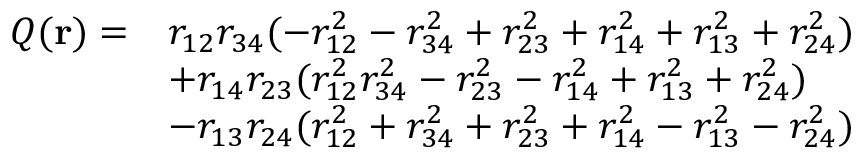
\begin{array} { r l } { Q ( \mathbf { r } ) = } & { r _ { 1 2 } r _ { 3 4 } ( - r _ { 1 2 } ^ { 2 } - r _ { 3 4 } ^ { 2 } + r _ { 2 3 } ^ { 2 } + r _ { 1 4 } ^ { 2 } + r _ { 1 3 } ^ { 2 } + r _ { 2 4 } ^ { 2 } ) } \\ & { + r _ { 1 4 } r _ { 2 3 } ( r _ { 1 2 } ^ { 2 } r _ { 3 4 } ^ { 2 } - r _ { 2 3 } ^ { 2 } - r _ { 1 4 } ^ { 2 } + r _ { 1 3 } ^ { 2 } + r _ { 2 4 } ^ { 2 } ) } \\ & { - r _ { 1 3 } r _ { 2 4 } ( r _ { 1 2 } ^ { 2 } + r _ { 3 4 } ^ { 2 } + r _ { 2 3 } ^ { 2 } + r _ { 1 4 } ^ { 2 } - r _ { 1 3 } ^ { 2 } - r _ { 2 4 } ^ { 2 } ) } \end{array}